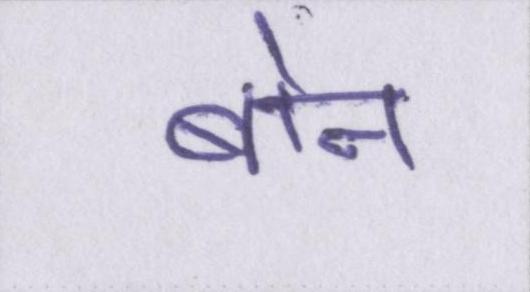
बोन